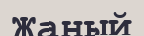
Жаный